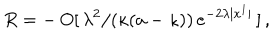
\: R = - \, O [ \, \lambda ^ { 2 } / ( \kappa ( a - \kappa ) ) \, e ^ { - 2 \lambda | x ^ { 1 } | } \, ] \, , \: